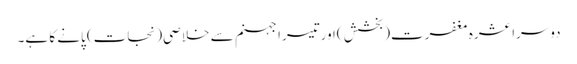
دوسرا عشرہ مغفرت( بخشش )اورتیسرا جہنم سے خلاصی(نجات) پانے کا ہے۔